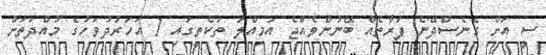
ސީ އަށް ގެނެސްދޭނެ ފަރާތެއް ބޭނުންވެއްޖެ އަމިއްލަ ތަކެތީގައި 1 އަހަރުދުވަހުގެ މުއްދަތަށް